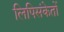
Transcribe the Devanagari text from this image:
लिपिसंकेतों